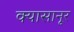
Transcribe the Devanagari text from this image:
क्यासानूर